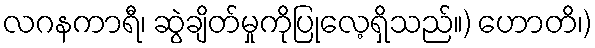
လဂနကာရီ၊ ဆွဲချိတ်မှုကိုပြုလေ့ရှိသည်။) ဟောတိ၊)